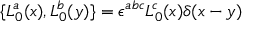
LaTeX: \{ L _ { 0 } ^ { a } ( x ) , L _ { 0 } ^ { b } ( y ) \} = \epsilon ^ { a b c } L _ { 0 } ^ { c } ( x ) \delta ( x - y )